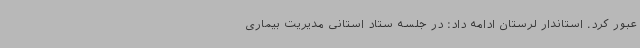
عبور کرد. استاندار لرستان ادامه داد: در جلسه ستاد استانی مدیریت بیماری